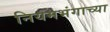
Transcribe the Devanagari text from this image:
नियमभंगाच्या